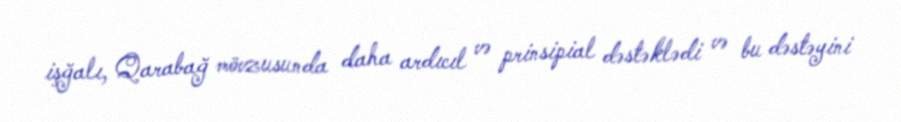
işğalı, Qarabağ mövzusunda daha ardıcıl və prinsipial dəstəklədi və bu dəstəyini